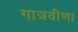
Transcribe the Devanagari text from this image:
गात्रवीणा